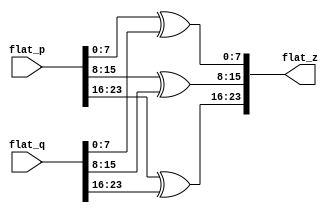
module gf_poly_add(flat_p, flat_q, flat_z);

parameter m = 255;
parameter SIZE = $clog2(m);
parameter n = 2;
parameter flat_size = (n+1)*SIZE;

input [flat_size-1:0] flat_p, flat_q;
output [flat_size-1:0] flat_z;

wire [SIZE-1:0] p[0:n];
wire [SIZE-1:0] q[0:n];
wire [SIZE-1:0] z[0:n];

genvar i;

generate
	for (i = 0; i <= n; i = i + 1) begin
		assign p[i] = flat_p[((i+1)*SIZE)-1:i*SIZE];
		assign q[i] = flat_q[((i+1)*SIZE)-1:i*SIZE];
		assign z[i] = p[i] ^ q[i];
		assign flat_z[((i+1)*SIZE)-1:i*SIZE] = z[i];
	end
endgenerate

endmodule